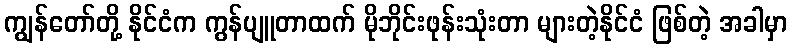
ကျွန်တော်တို့ နိုင်ငံက ကွန်ပျူတာထက် မိုဘိုင်းဖုန်းသုံးတာ များတဲ့နိုင်ငံ ဖြစ်တဲ့ အခါမှာ